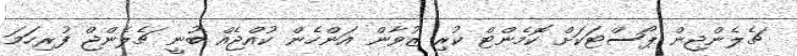
ޗެލެންޖިން ޕޯސްޓަކަށް ކޮމެންޓް ކުރި ޒުވާން އަންހެން ކުއްޖެއް ބުނީ ޗެލެންޖް ފުރިހަމަ